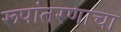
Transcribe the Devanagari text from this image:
रूपांतरणाचा